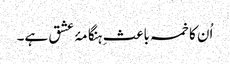
اُن کا خمسہ باعثِ ہنگامۂ عشق ہے۔